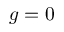
g = 0